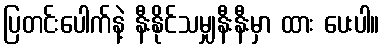
ပြတင်းပေါက်နဲ့ နီးနိုင်သမျှနီးနီးမှာ ထား ပေးပါ။